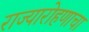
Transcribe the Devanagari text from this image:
राज्यारोहणाचा